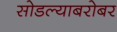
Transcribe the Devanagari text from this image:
सोडल्याबरोबर